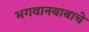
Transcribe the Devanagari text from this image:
भगवानबाबाचे